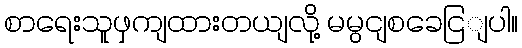
စာရေးသူဖှကျထားတယျလို့ မမွငျစခေငြျပါ။